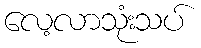
လေ့လာသုံးသပ်